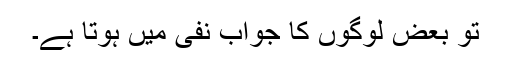
تو بعض لوگوں کا جواب نفی میں ہوتا ہے۔